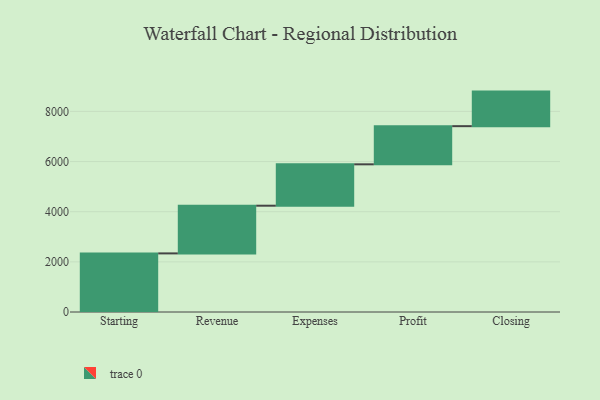
{"axis": {"x": "Step", "y": "Value"}, "legend": [""], "data": [{"x": "Starting", "y": 2337.0, "type": ""}, {"x": "Revenue", "y": 1902.0, "type": ""}, {"x": "Expenses", "y": 1650.0, "type": ""}, {"x": "Profit", "y": 1522.0, "type": ""}, {"x": "Closing", "y": 1378.0, "type": ""}]}